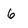
Character: 6